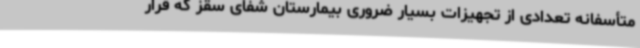
متأسفانه تعدادی از تجهیزات بسیار ضروری بیمارستان شفای سقز که قرار